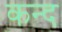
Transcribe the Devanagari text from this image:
कन्‍द